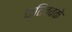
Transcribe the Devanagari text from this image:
कृतित्वके